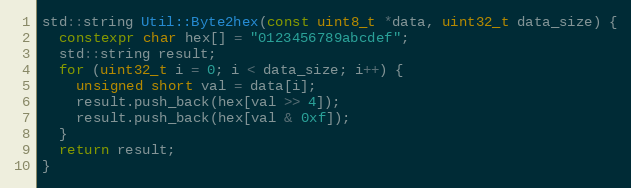
Language: C++
std::string Util::Byte2hex(const uint8_t *data, uint32_t data_size) {
  constexpr char hex[] = "0123456789abcdef";
  std::string result;
  for (uint32_t i = 0; i < data_size; i++) {
    unsigned short val = data[i];
    result.push_back(hex[val >> 4]);
    result.push_back(hex[val & 0xf]);
  }
  return result;
}